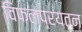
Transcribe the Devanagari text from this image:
विफलप्रयत्न